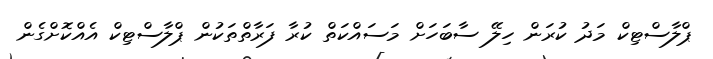
ޕްލާސްޓިކް މަދު ކުރަން ހިލޭ ސާބަހަށް މަސައްކަތް ކުރާ ފަރާތްތަކުން ޕްލާސްޓިކް އެއްކޮށްގެން